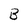
Character: B